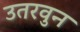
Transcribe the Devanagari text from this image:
उतरवुन